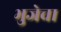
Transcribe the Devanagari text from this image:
भुजेचा